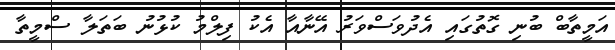
އަމީތާބް ބުނި ގޮތުގައި އެދުވަސްވަރު އޭނާއާ އެކު ފިލްމު ކުޅުނު ބަތަލާ ސްމީތާ